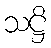
သဋ္ဌိ